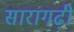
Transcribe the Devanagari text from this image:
सारागढ़ी